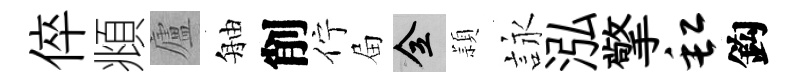
倅頫廬舳削佇屇全頴詠泓擎缸鈎